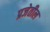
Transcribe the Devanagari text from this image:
प्रजेतील